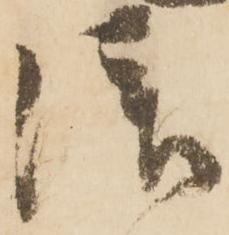
拝